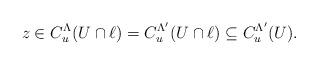
LaTeX: \begin{align*}z\in C_u^\Lambda(U\cap \ell)=C_u^{\Lambda'}(U\cap \ell)\subseteq C_u^{\Lambda'}(U).\end{align*}